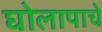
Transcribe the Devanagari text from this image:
घोलापाचे